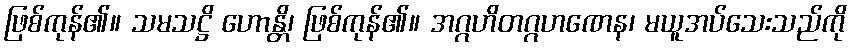
ဖြစ်ကုန်၏။ သမသဋ္ဌိ ဟောန္တိ၊ ဖြစ်ကုန်၏။ အဂ္ဂဟိတဂ္ဂဟဏေန၊ မယူအပ်သေးသည်ကို